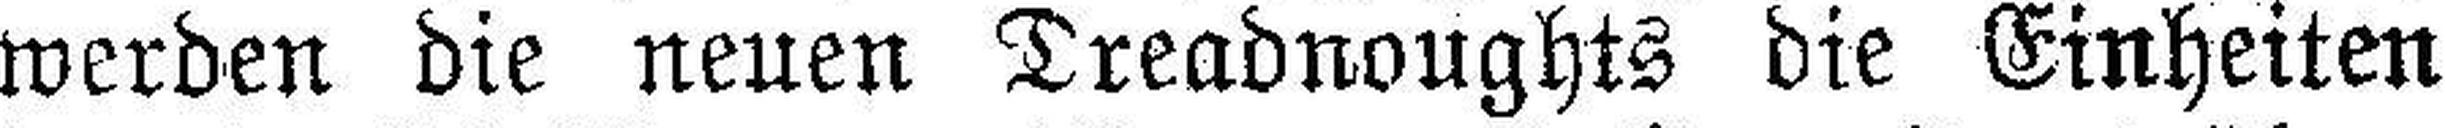
werden die neuen Dreadnoughts die Einheiten